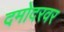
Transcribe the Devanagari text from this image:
दमोदरवर